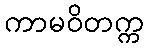
ကာမဝိတက္က